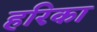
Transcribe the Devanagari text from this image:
हरिका